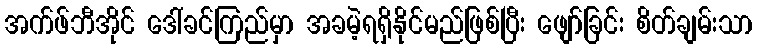
အက်ဖ်ဘီအိုင် ဒေါ်ခင်ကြည်မှာ အခမဲ့ရရှိနိုင်မည်ဖြစ်ပြီး ဖျော်ခြင်း စိတ်ချမ်းသာ